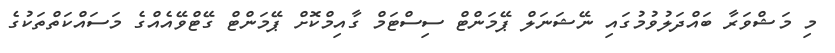
މި މަޝްވަރާ ބައްދަލުވުމުގައި ނޭޝަނަލް ޕޭމަންޓް ސިސްޓަމް ގާއިމްކޮށް ޕޭމަންޓް ގޭޓްވޭއެއްގެ މަސައްކަތްތަކުުގެ